Vaccine operations Central Provinces 1900-1911 - 1900-1911
Year: 1900
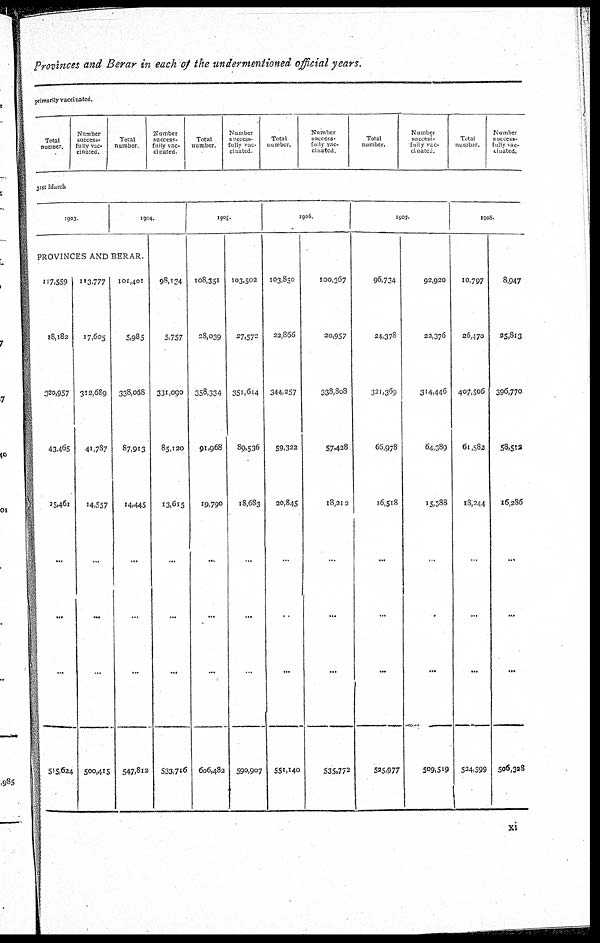
Provinces and Berar in each of the undermentioned official years.
primarily vaccinated.
Total
number.
Number
success¬
fully vac-
cinated.
Total
number.
Number
success-
fully vac¬
cinated
Total
number
Number
success¬
fully vac-
cinated
Total
number.
Number
success¬
fully vac-
cinated
Total
number.
Number
success¬
fully vac-
cinated
Total
number.
Number
success¬
fully vac-
---ated.
31st March
1903
1904.
PROVINCES AND BERAR.
117,559
18,182
320,957
43,465
15,461
...
...
...
515,624
113,777
17,605
312,689
41,787
14,557
...
...
...
500,415
101,401
5,985
338,068
87,913
14,445
...
...
...
547,812
98,134
5,757
331,090
85,120
13,615
...
...
...
533,716
1905.
108,351
28,039
358,334
91,968
19,790
...
...
...
606,482
103,502
27,572
351,614
89,536
18,683
...
...
...
590,907
1906
103,850
22,866
344,257
59,322
20,845
...
...
...
551,140
100,367
20,957
338,808
57,428
18,212
...
...
...
535,772
1907
96,734
24,378
321,369
66,978
16,518
...
...
...
525,977
92,920
22,376
314,446
64,389
15,388
...
...
...
509,519
1908
10,797
26,470
407,506
61,582
18,244
...
...
...
524,599
8,947
25,813
396,770
58,512
16,286
...
...
...
506,328
xi